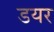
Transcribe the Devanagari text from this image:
डयर